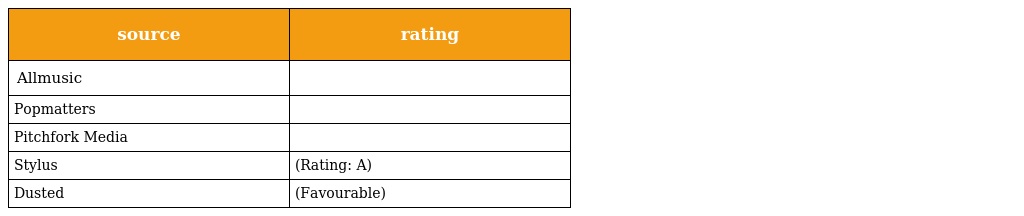
| source | rating |
 | --- | --- |
 | Allmusic |  |
 | Popmatters |  |
 | Pitchfork Media |  |
 | Stylus | (Rating: A) |
 | Dusted | (Favourable) |